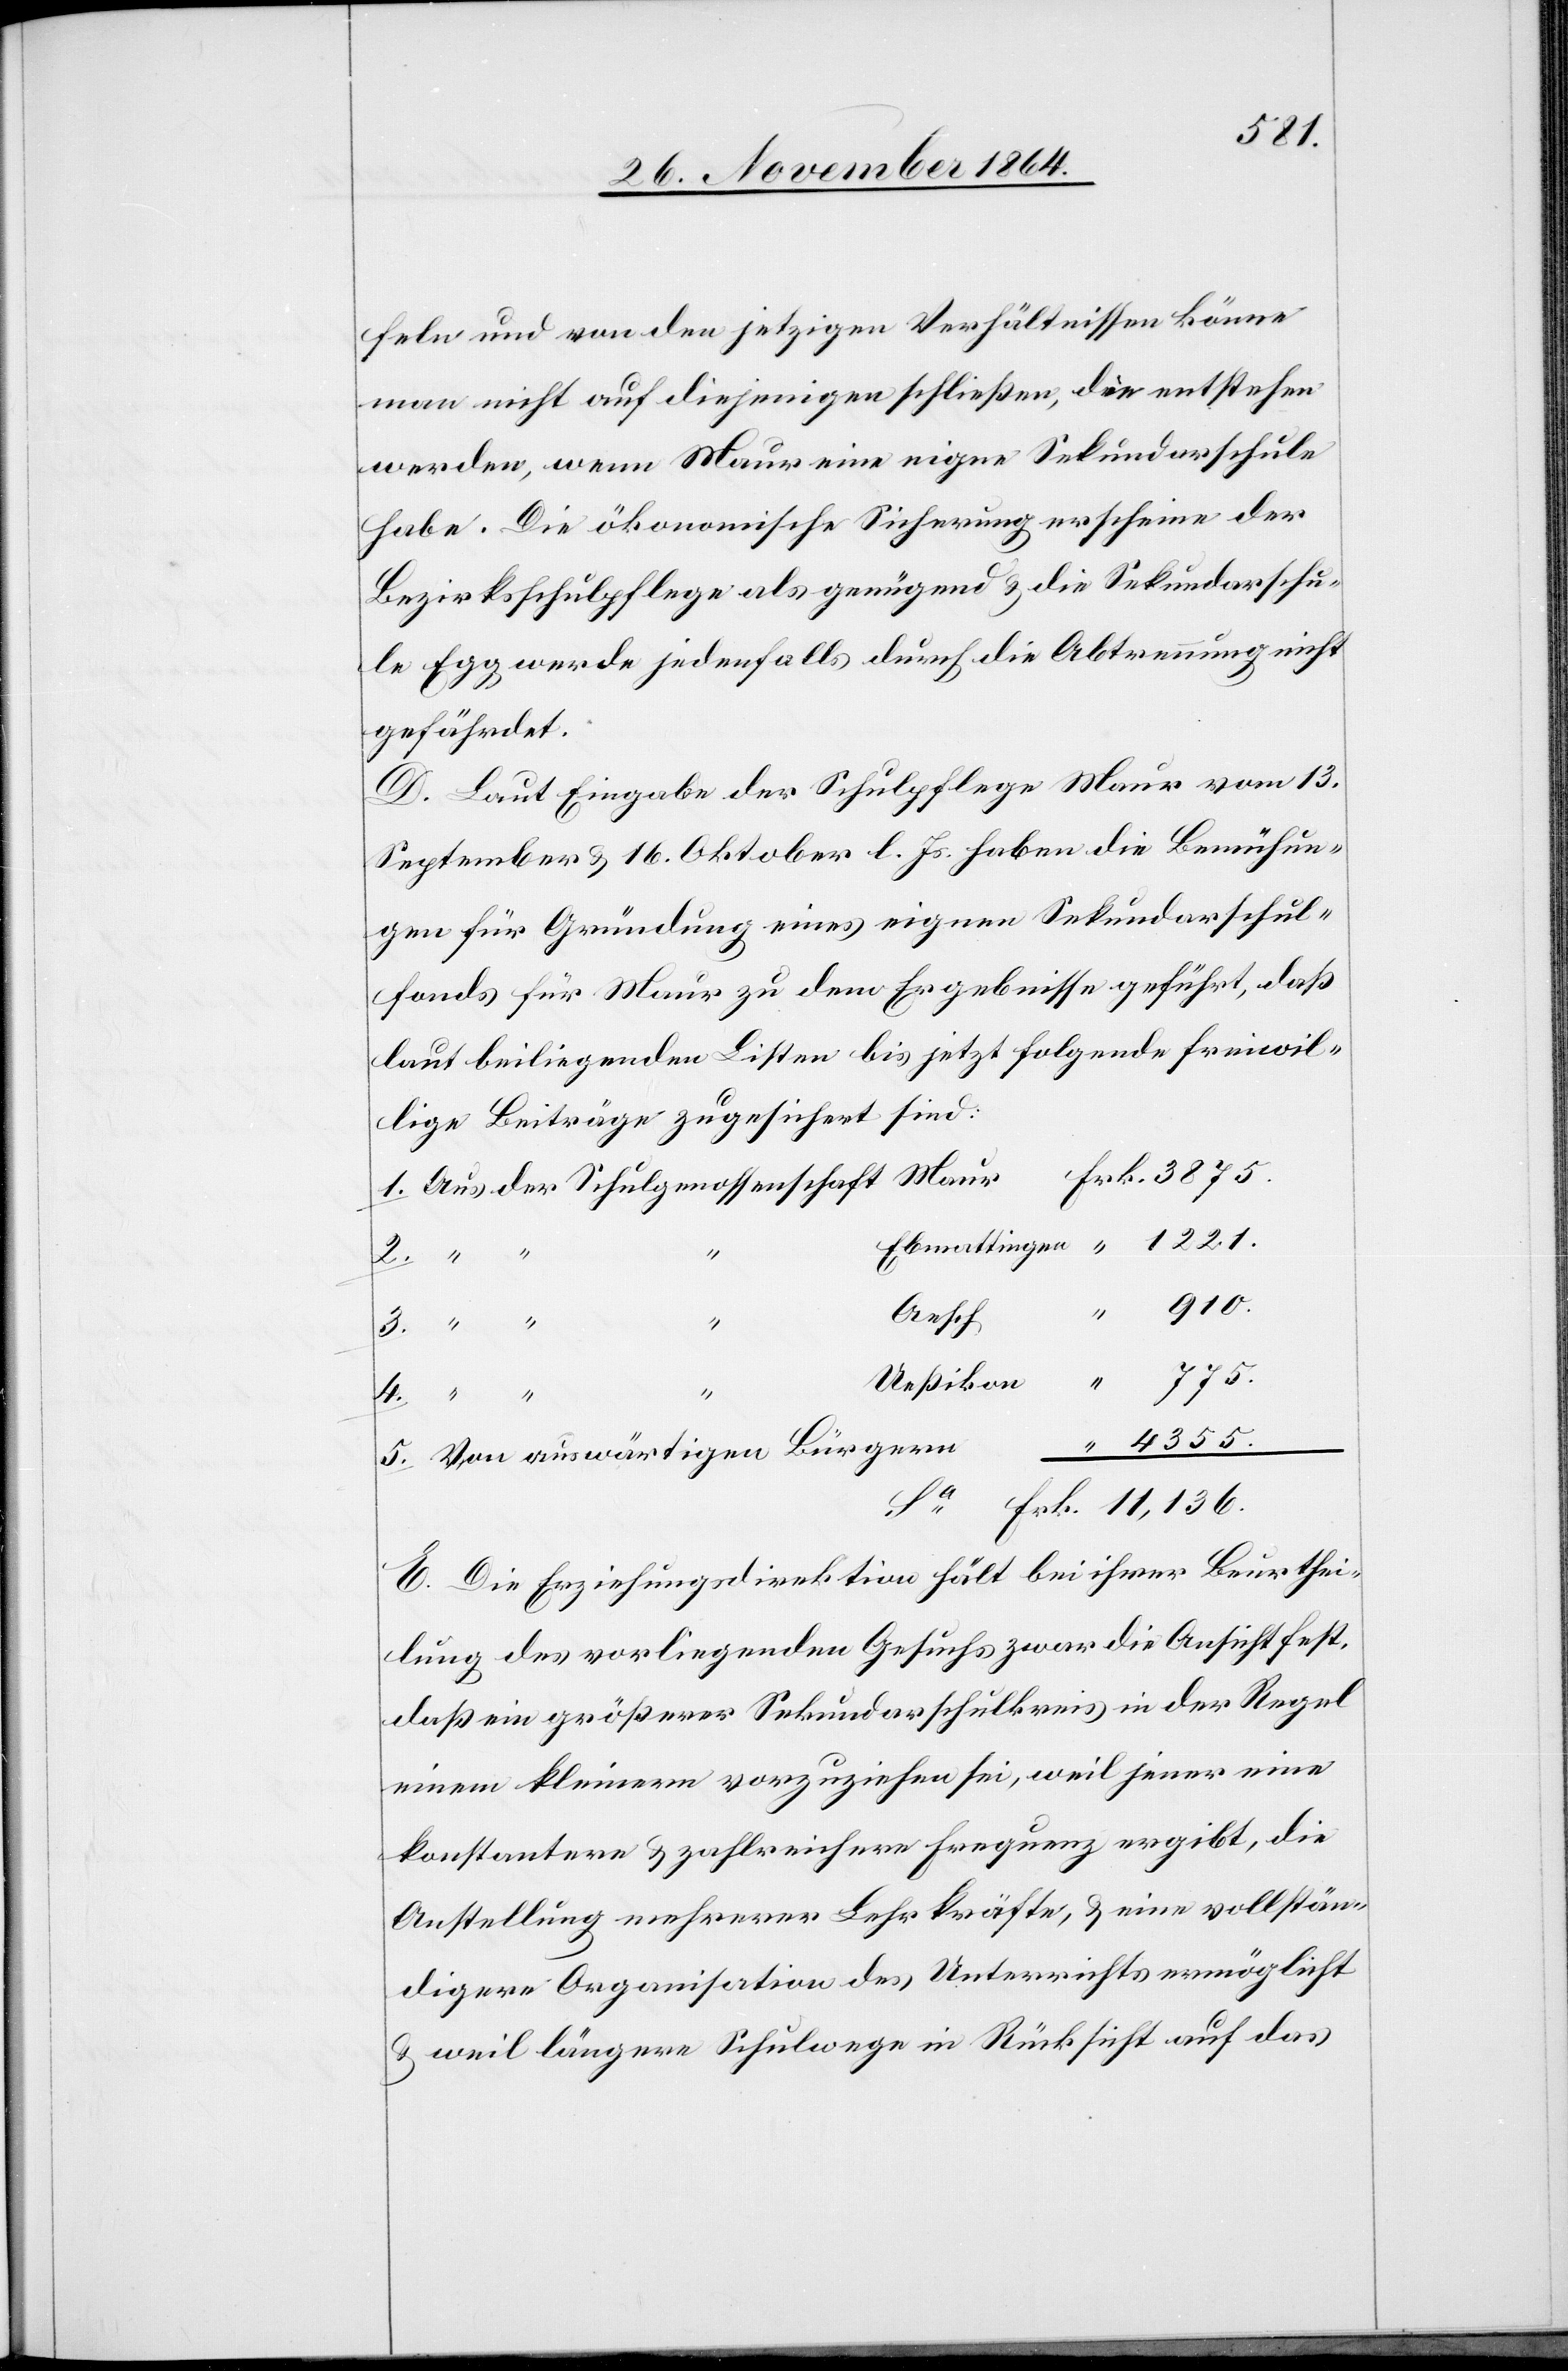
feln und von den jetzigen Verhältnissen könne
man nicht auf diejenigen schließen, die entstehen
werden, wenn Maur eine eigene Sekundarschule
habe. Die ökonomische Sicherung erscheine der
Bezirksschulpflege als genügend & die Sekundarschu¬
le Egg werde jedenfalls durch die Abtrennung nicht
gefährdet.
D. Laut Eingabe der Schulpflege Maur vom 13.
September & 16. Oktober l. Js. haben die Bemühun¬
gen für Gründung eines eignen Sekundarschul¬
fonds für Maur zu dem Ergebnisse geführt, daß
laut beiliegenden Listen bis jetzt folgende freiwil¬
lige Beiträge zugesichert sind:
“
2.
910.
11,136.
Aesch
“
1.
E. Die Erziehungsdirektion hält bei ihrer Beurthei¬
lung des vorliegenden Gesuchs zwar die Ansicht fest,
daß ein größerer Sekundarschulkreis in der Regel
einem kleinern vorzuziehen sei, weil jener eine
konstantere & zahlreichere Frequenz ergibt, die
Anstellung mehrerer Lehrkräfte, & eine vollstän¬
digere Organisation des Unterrichts ermöglicht
& weil längere Schulwege in Rücksicht auf das